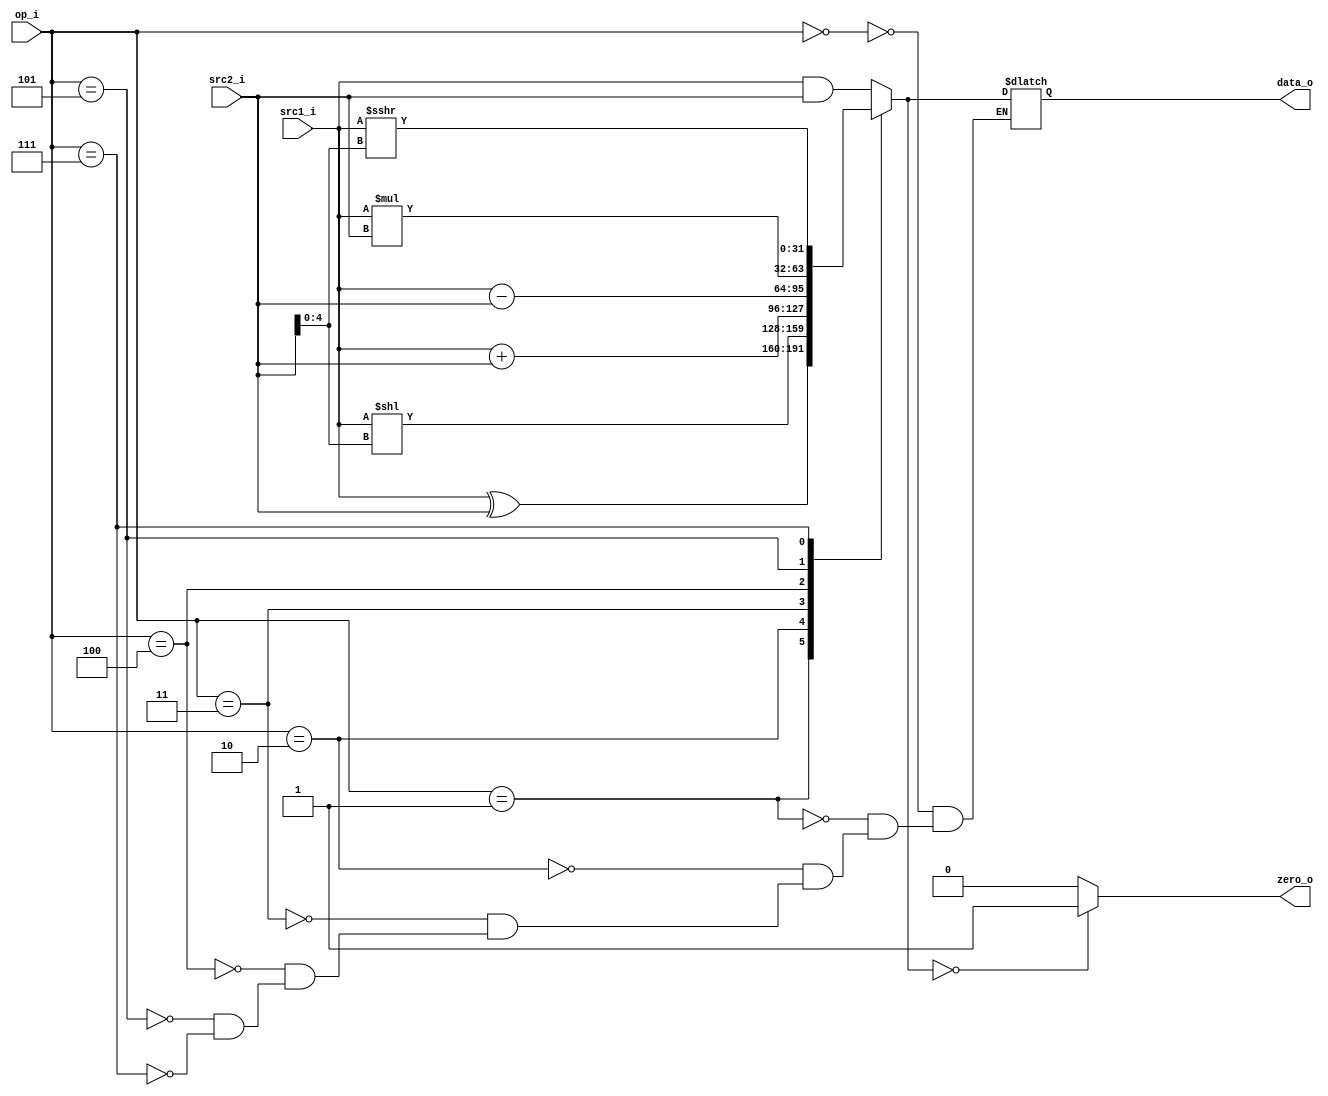
module ALU
(
    op_i,
    src1_i,
    src2_i,
    data_o,
    zero_o
);

input [2:0] op_i;
input signed [31:0] src1_i;
input signed [31:0] src2_i;
output [31:0] data_o;
output zero_o;

reg zero_o;
reg [31:0] tmpResult;

always @(*) begin
    case(op_i)
        3'b000: tmpResult = src1_i & src2_i;
        3'b001: tmpResult = src1_i ^ src2_i;
        3'b010: tmpResult = src1_i << src2_i[4:0];
        3'b011: tmpResult = src1_i + src2_i;
        3'b100: tmpResult = src1_i - src2_i;
        3'b101: tmpResult = src1_i * src2_i;
        3'b111: tmpResult = src1_i >>> src2_i[4:0];
    endcase

    if(tmpResult == 32'b0) begin
        zero_o = 1'b1;
    end else begin
        zero_o = 1'b0;
    end
end

assign data_o = tmpResult;

endmodule